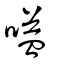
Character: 嗌